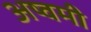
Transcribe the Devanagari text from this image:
अष्वमी